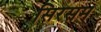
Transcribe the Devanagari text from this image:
सिरसम